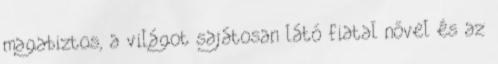
magabiztos, a világot sajátosan látó fiatal nővel és az